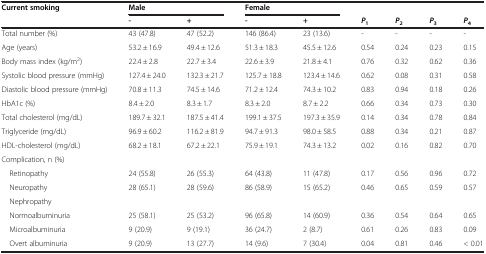
<table><thead><tr><td><b>Current smoking</b></td><td colspan="2"><b>Male</b></td><td colspan="2"><b>Female</b></td><td><b> </b></td><td><b> </b></td><td><b> </b></td><td><b> </b></td></tr><tr><td><b> </b></td><td><b>-</b></td><td><b>+</b></td><td><b>-</b></td><td><b>+</b></td><td><b><i>P</i><sub>1</sub></b></td><td><b><i>P</i><sub>2</sub></b></td><td><b><i>P</i><sub>3</sub></b></td><td><b><i>P</i><sub>4</sub></b></td></tr></thead><tbody><tr><td>Total number (%)</td><td>43 (47.8)</td><td>47 (52.2)</td><td>146 (86.4)</td><td>23 (13.6)</td><td>-</td><td>-</td><td>-</td><td>-</td></tr><tr><td>Age (years)</td><td>53.2 ± 16.9</td><td>49.4 ± 12.6</td><td>51.3 ± 18.3</td><td>45.5 ± 12.6</td><td>0.54</td><td>0.24</td><td>0.23</td><td>0.15</td></tr><tr><td>Body mass index (kg/m<sup>2</sup>)</td><td>22.4 ± 2.8</td><td>22.7 ± 3.4</td><td>22.6 ± 3.9</td><td>21.8 ± 4.1</td><td>0.76</td><td>0.32</td><td>0.62</td><td>0.36</td></tr><tr><td>Systolic blood pressure (mmHg)</td><td>127.4 ± 24.0</td><td>132.3 ± 21.7</td><td>125.7 ± 18.8</td><td>123.4 ± 14.6</td><td>0.62</td><td>0.08</td><td>0.31</td><td>0.58</td></tr><tr><td>Diastolic blood pressure (mmHg)</td><td>70.8 ± 11.3</td><td>74.5 ± 14.6</td><td>71.2 ± 12.4</td><td>74.3 ± 10.2</td><td>0.83</td><td>0.94</td><td>0.18</td><td>0.26</td></tr><tr><td>HbA1c (%)</td><td>8.4 ± 2.0</td><td>8.3 ± 1.7</td><td>8.3 ± 2.0</td><td>8.7 ± 2.2</td><td>0.66</td><td>0.34</td><td>0.73</td><td>0.30</td></tr><tr><td>Total cholesterol (mg/dL)</td><td>189.7 ± 32.1</td><td>187.5 ± 41.4</td><td>199.1 ± 37.5</td><td>197.3 ± 35.9</td><td>0.14</td><td>0.34</td><td>0.78</td><td>0.84</td></tr><tr><td>Triglyceride (mg/dL)</td><td>96.9 ± 60.2</td><td>116.2 ± 81.9</td><td>94.7 ± 91.3</td><td>98.0 ± 58.5</td><td>0.88</td><td>0.34</td><td>0.21</td><td>0.87</td></tr><tr><td>HDL-cholesterol (mg/dL)</td><td>68.2 ± 18.1</td><td>67.2 ± 22.1</td><td>75.9 ± 19.1</td><td>74.3 ± 13.2</td><td>0.02</td><td>0.16</td><td>0.82</td><td>0.70</td></tr><tr><td>Complication, n (%)</td><td> </td><td> </td><td> </td><td> </td><td> </td><td> </td><td> </td><td> </td></tr><tr><td> Retinopathy</td><td>24 (55.8)</td><td>26 (55.3)</td><td>64 (43.8)</td><td>11 (47.8)</td><td>0.17</td><td>0.56</td><td>0.96</td><td>0.72</td></tr><tr><td> Neuropathy</td><td>28 (65.1)</td><td>28 (59.6)</td><td>86 (58.9)</td><td>15 (65.2)</td><td>0.46</td><td>0.65</td><td>0.59</td><td>0.57</td></tr><tr><td> Nephropathy</td><td> </td><td> </td><td> </td><td> </td><td> </td><td> </td><td> </td><td> </td></tr><tr><td> Normoalbuminuria</td><td>25 (58.1)</td><td>25 (53.2)</td><td>96 (65.8)</td><td>14 (60.9)</td><td>0.36</td><td>0.54</td><td>0.64</td><td>0.65</td></tr><tr><td> Microalbuminuria</td><td>9 (20.9)</td><td>9 (19.1)</td><td>36 (24.7)</td><td>2 (8.7)</td><td>0.61</td><td>0.26</td><td>0.83</td><td>0.09</td></tr><tr><td> Overt albuminuria</td><td>9 (20.9)</td><td>13 (27.7)</td><td>14 (9.6)</td><td>7 (30.4)</td><td>0.04</td><td>0.81</td><td>0.46</td><td>&lt; 0.01</td></tr></tbody></table>